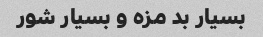
بسیار بد مزه و بسیار شور